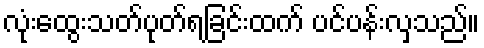
လုံးထွေးသတ်ပုတ်ရခြင်းထက် ပင်ပန်းလှသည်။